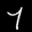
Label: 7